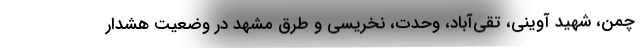
چمن، شهید آوینی، تقی‌آباد، وحدت، نخریسی و طرق مشهد در وضعیت هشدار